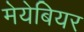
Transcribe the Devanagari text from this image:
मेयेबियर